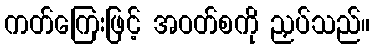
ကတ်ကြေးဖြင့် အဝတ်စကို ညှပ်သည်။